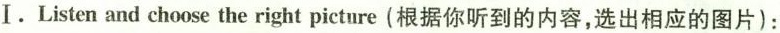
Ⅰ。Listen and choose theright picture (根据你听到的内容，选出相应的图片)：